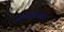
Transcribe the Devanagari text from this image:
डॉ॰गोपालचारी